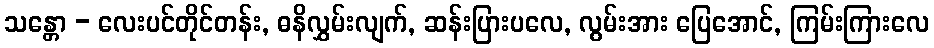
သန္တော - လေးပင်တိုင်တန်း, ဓနိလွှမ်းလျက်, ဆန်းပြားပလေ, လွမ်းအား ပြေအောင်, ကြမ်းကြားလေ